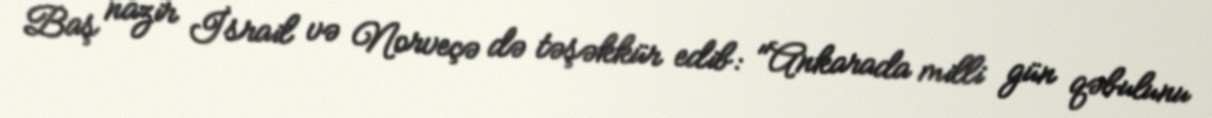
Baş nazir İsrail və Norveçə də təşəkkür edib: "Ankarada milli gün qəbulunu